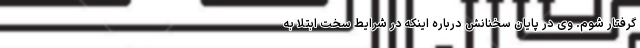
گرفتار شوم. وی در پایان سخنانش درباره اینکه در شرایط سخت ابتلا به